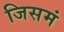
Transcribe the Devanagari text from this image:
जिसमं